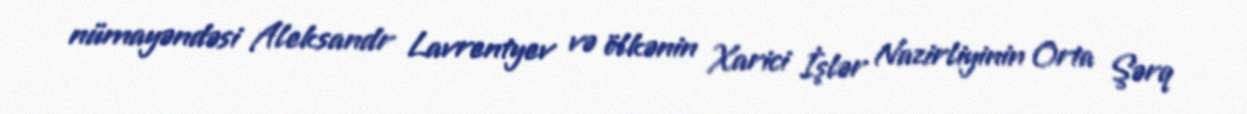
nümayəndəsi Aleksandr Lavrentyev və ölkənin Xarici İşlər Nazirliyinin Orta Şərq